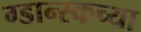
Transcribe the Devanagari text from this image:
ग्डान्स्कच्या